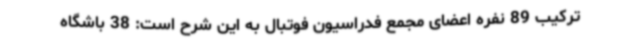
ترکیب 89 نفره اعضای مجمع فدراسیون فوتبال به این شرح است: 38 باشگاه